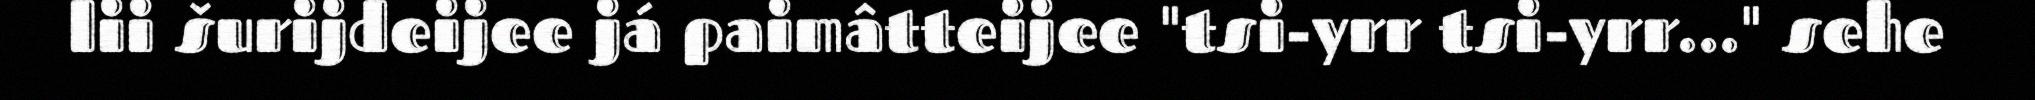
lii šurijdeijee já paimâtteijee "tsi-yrr tsi-yrr..." sehe